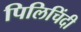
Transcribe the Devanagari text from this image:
पिलिचिंदी